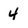
Character: 4